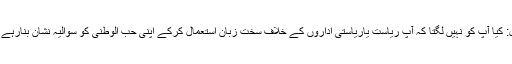
سوال: کیا آپ کو نہیں لگتا کہ آپ ریاست یاریاستی اداروں کے خلاف سخت زبان استعمال کرکے اپنی حب الوطنی کو سوالیہ نشان بنارہے ہیں؟